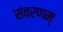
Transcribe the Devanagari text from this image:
संवरणम्